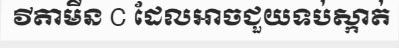
វីតាមីន C ដែលអាចជួយទប់ស្កាត់